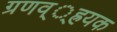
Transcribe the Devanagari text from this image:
ग्रणव््ह्रयक